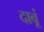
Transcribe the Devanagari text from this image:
दावूं